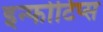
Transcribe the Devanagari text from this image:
इन्फोटिप्स